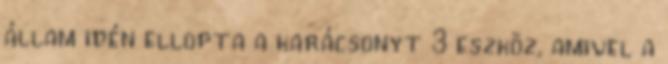
állam idén ellopta a karácsonyt 3 eszköz, amivel a